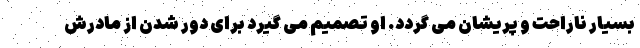
بسیار ناراحت و پریشان می گردد. او تصمیم می گیرد برای دور شدن از مادرش